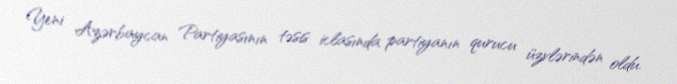
Yeni Azərbaycan Partiyasının təsis iclasında partiyanın qurucu üzvlərindən oldu.